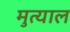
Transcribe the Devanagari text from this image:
मुत्याल